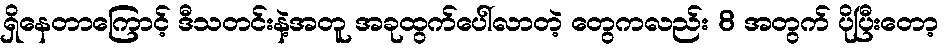
ရှိနေတာကြောင့် ဒီသတင်းနဲ့အတူ အခုထွက်ပေါ်လာတဲ့ တွေကလည်း 8 အတွက် ပိုပြီးတော့